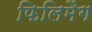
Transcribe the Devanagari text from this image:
फिलिमैग